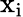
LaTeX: {\mathrm{x}}_{\mathrm{i}}